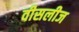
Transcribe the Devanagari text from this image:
वीसलीज